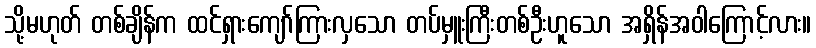
သို့မဟုတ် တစ်ချိန်က ထင်ရှားကျော်ကြားလှသော တပ်မှူးကြီးတစ်ဦးဟူသော အရှိန်အဝါကြောင့်လား။